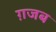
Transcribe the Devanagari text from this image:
ग़जब